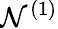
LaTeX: \mathcal{N}^{(1)}